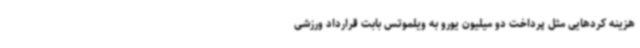
هزینه کردهایی مثل پرداخت دو میلیون یورو به ویلموتس بابت قرارداد ورزشی